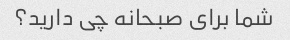
شما برای صبحانه چی دارید؟